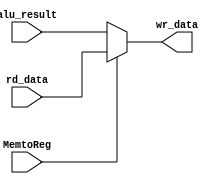
module WriteBack (wr_data, alu_result, rd_data, MemtoReg);
	output [31:0] wr_data;
	input [31:0] rd_data, alu_result;
	input MemtoReg;

	assign wr_data = (MemtoReg) ? rd_data : alu_result;
	
endmodule